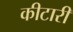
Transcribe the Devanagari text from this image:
कीटारी